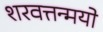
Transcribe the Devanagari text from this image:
शरवत्तन्मयो